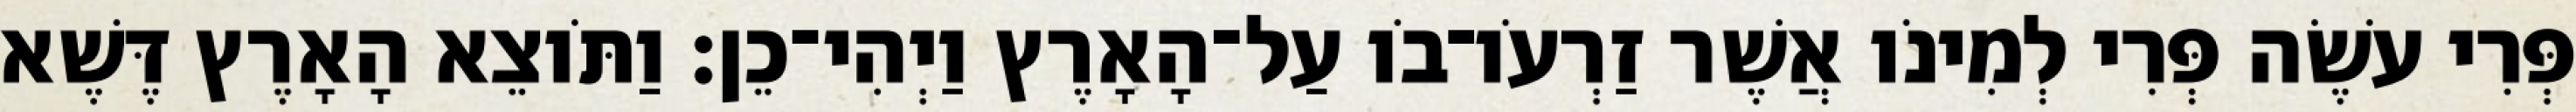
פְּרִי עֹשֶׂה פְּרִי לְמִינֹו אֲשֶׁר זַרְעֹו־בֹו עַל־הָאָרֶץ וַיְהִי־כֵן׃ וַתֹּוצֵא הָאָרֶץ דֶּשֶׁא